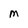
Character: M